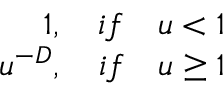
\begin{array} { r } { 1 , \quad i f \quad u < 1 } \\ { u ^ { - D } , \quad i f \quad u \geq 1 } \end{array}